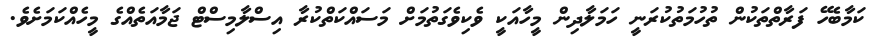
ކަމާބެހޭ ފަރާތްތަކުން ތުހުމަތުކުރަނީ ހަމަލާދިން މީހާއަކީ ވެކިވެގަތުމަށް މަސައްކަތްކުރާ އިސްލާމިސްޓް ޖަމާއަތެއްގެ މީހެއްކަމަށެވެ.